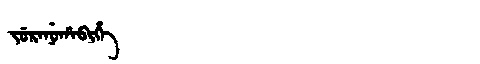
Manchu: ᠵᡠᡵᠠᠨᡠᡥᠠᠪᡳᡥᡝ
Romanization: JURANUHABIHE